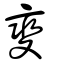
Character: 燮